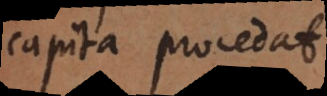
capita procedat